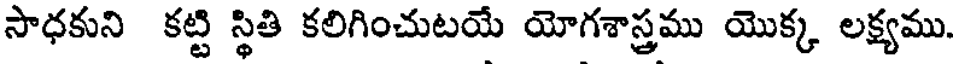
సాధకుని కట్టి స్థితి కలిగించుటయే యోగశాస్త్రము యొక్క లక్ష్యము.